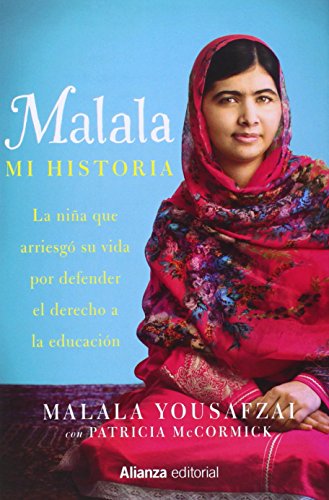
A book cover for Malala, mi historia (Spanish Edition); Malala Yousafzai; Teen & Young Adult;